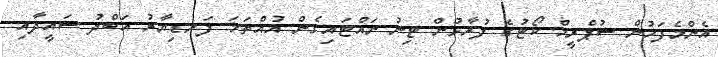
އެންމެފަހުން ސުޕްރީމް ކޯޓުގެ ފުރާޅުން ޓިނު ނައްޓައިގެން އުއްތަމަ ފަނޑިޔާރު އަބްދު ސައީދާއި